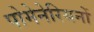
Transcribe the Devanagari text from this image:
पोमेनेरियनों